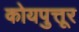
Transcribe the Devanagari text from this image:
कोयपुत्तूर